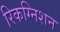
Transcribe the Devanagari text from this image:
रिकग्निशन